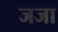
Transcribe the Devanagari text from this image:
जजा